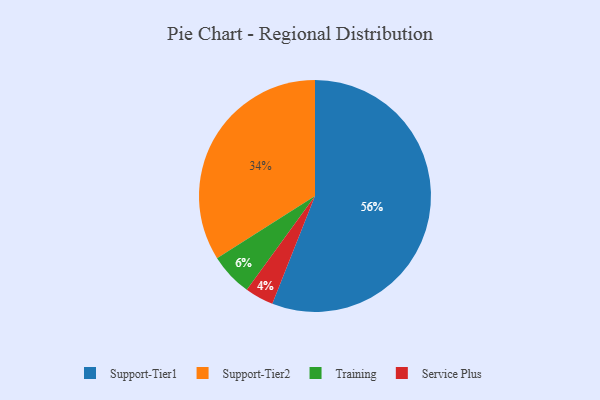
{"axis": {"x": "Category", "y": "Percentage"}, "legend": ["Service Plus", "Support-Tier1", "Support-Tier2", "Training"], "data": [{"x": "Service Plus", "y": 4, "type": "Service Plus"}, {"x": "Training", "y": 6, "type": "Training"}, {"x": "Support-Tier2", "y": 34, "type": "Support-Tier2"}, {"x": "Support-Tier1", "y": 56, "type": "Support-Tier1"}]}